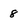
Character: 8